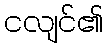
ငလျင်၏